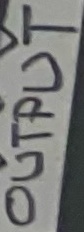
Text: OUTPUT